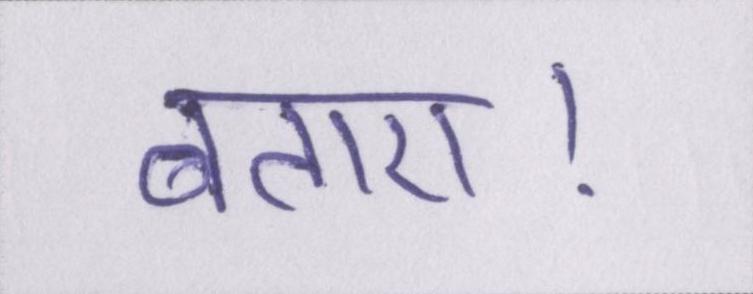
बताए।